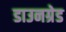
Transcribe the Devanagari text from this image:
डाउनग्रेड